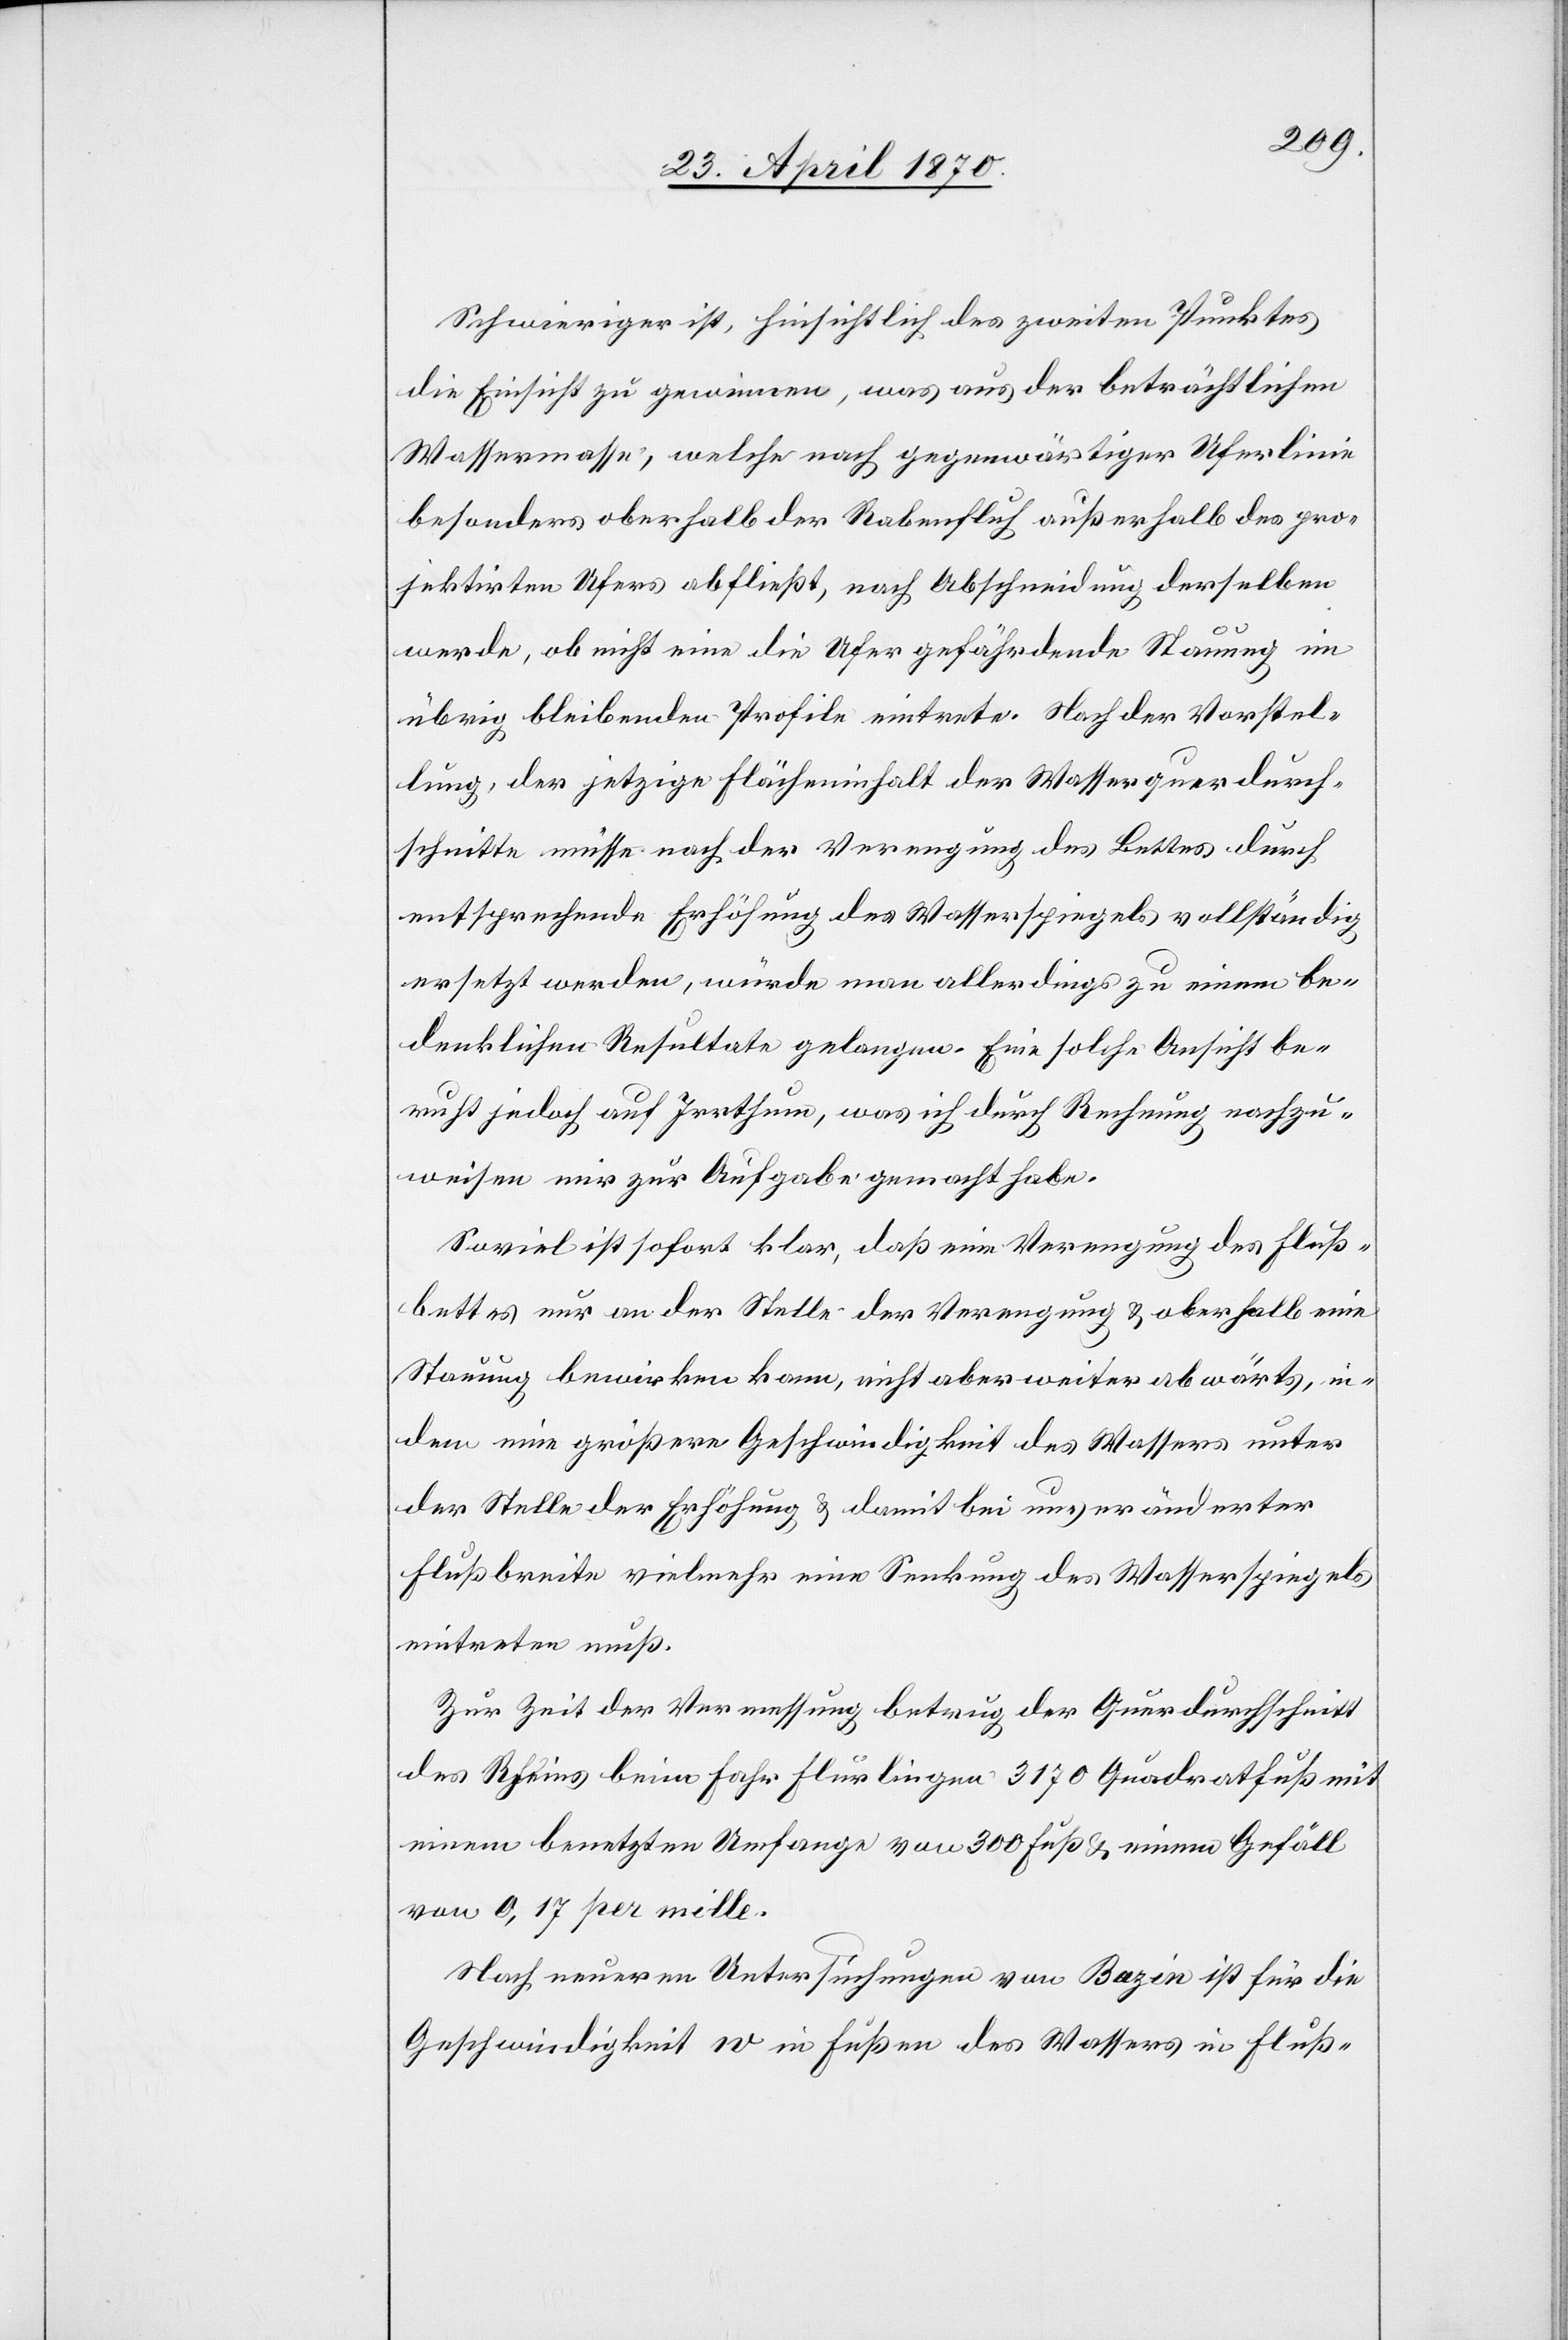
Schwieriger ist, hinsichtlich des zweiten Punktes
die Einsicht zu gewinnen, was aus der beträchtlichen
Wassermasse, welche nach gegenwärtiger Uferlinie
besonders oberhalb der Rabenfluh außerhalb des pro¬
jektirten Ufers abfließt, nach Abschneidung derselben
werde, ob nicht eine die Ufer gefährdende Stauung im
übrig bleibenden Profile eintrete. Nach der Vorstel¬
lung, der jetzige Flächeninhalt der Wasserquerdurch¬
schnitte müsse nach der Verengung des Bettes durch
entsprechende Erhöhung des Wasserspiegels vollständig
ersetzt werden, würde man allerdings zu einem be¬
denklichen Resultate gelangen. Eine solche Ansicht be¬
ruht jedoch auf Irrthum, was ich durch Rechnung nachzu¬
weisen mir zur Aufgabe gemacht habe.
Soviel ist sofort klar, daß eine Verengung des Fluß¬
bettes nur an der Stelle der Verengung & oberhalb eine
Stauung bewirken kann, nicht aber weiter abwärts, in¬
dem eine größere Geschwindigkeit des Wasers unter
der Stelle der Erhöhung & damit bei unveränderter
Flußbreite vielmehr eine Senkung des Wasserspiegels
eintreten muß.
Zur Zeit der Vermessung betrug der Querdurchschnitt
des Rheins beim Fahr Flurlingen 3170 Quadratfuß mit
einem benetzten Umfange von 300 Fuß & einem Gefäll
von 0,17 per mille.
Nach neueren Untersuchungen von Bazin ist für die
Geschwindigkeit w in Fußen des Wassers in Fluß-